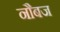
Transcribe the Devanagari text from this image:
नौबज